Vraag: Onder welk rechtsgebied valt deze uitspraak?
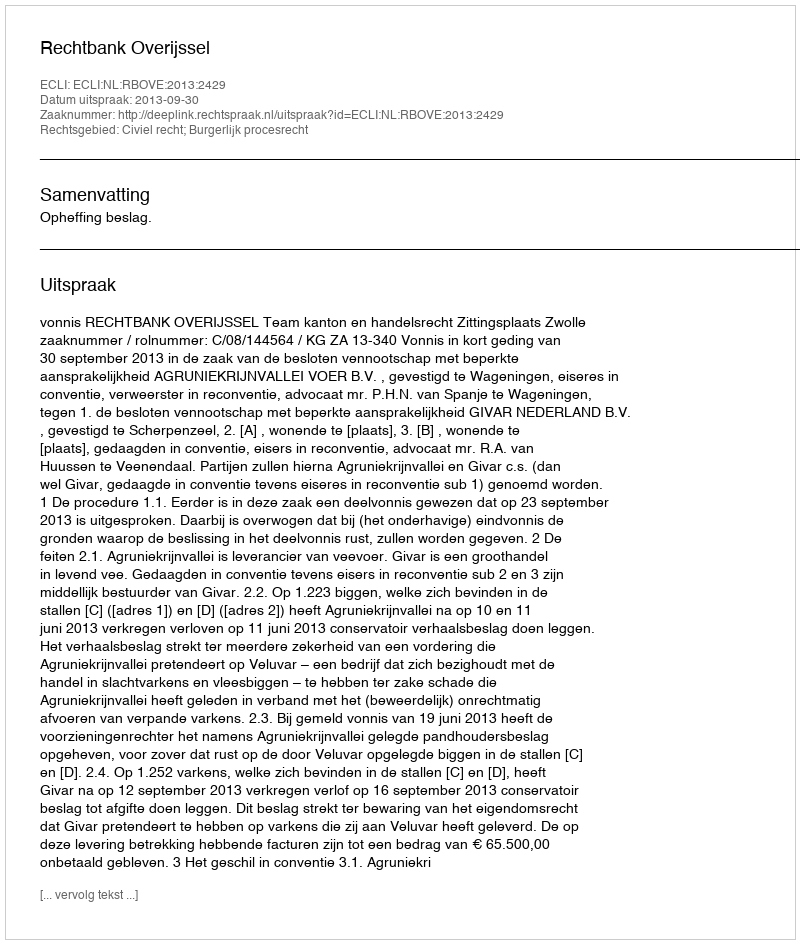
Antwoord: Civiel recht; Burgerlijk procesrecht